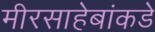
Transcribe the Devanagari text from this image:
मीरसाहेबांकडे